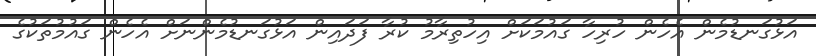
އަޅުގަނޑުމެން އެހެން ހުރިހާ ގައުމަކަށް އިހުތިރާމު ކުރާ ފަދައިން އަޅުގަނޑުމެންނަށް އެހެން ގައުމުތަކުގެ